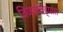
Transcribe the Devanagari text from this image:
विजयवाड्यास